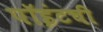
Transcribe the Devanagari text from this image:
पॉइंटची